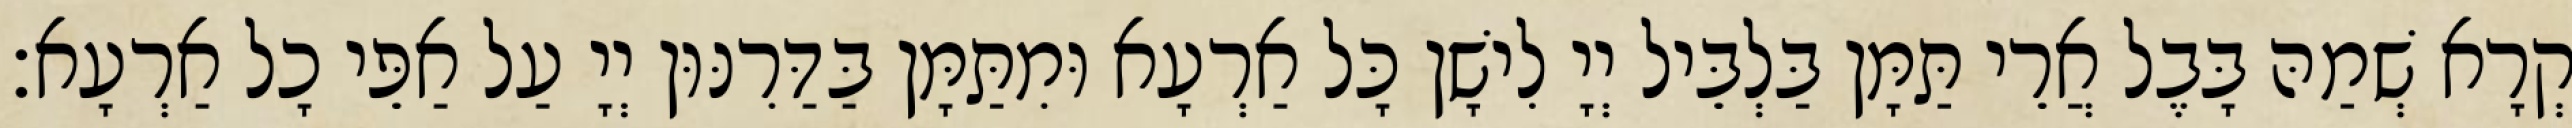
קְרָא שְׁמַהּ בָּבֶל אֲרֵי תַּמָּן בַּלְבֵּיל יְיָ לִישָׁן כָּל אַרְעָא וּמִתַּמָּן בַּדַּרִנּוּן יְיָ עַל אַפֵּי כָל אַרְעָא׃